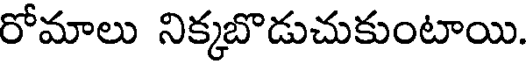
రోమాలు నిక్కబొడుచుకుంటాయి.